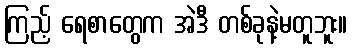
ကြည့် ရေစာတွေက အဲဒီ တစ်ခုနဲ့မတူဘူး။